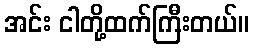
အင်း ငါတို့ထက်ကြီးတယ်။